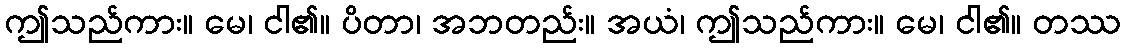
ဤသည်ကား။ မေ၊ ငါ၏။ ပိတာ၊ အဘတည်း။ အယံ၊ ဤသည်ကား။ မေ၊ ငါ၏။ တဿ